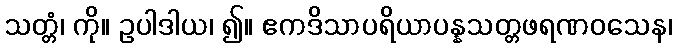
သတ္တံ၊ ကို။ ဥပါဒါယ၊ ၍။ ဧကဒိသာပရိယာပန္နသတ္တဖရဏဝသေန၊